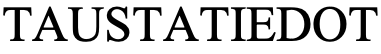
TAUSTATIEDOT